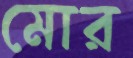
মোর